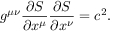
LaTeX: g ^ { \mu \nu } { \frac { \partial S } { \partial x ^ { \mu } } } { \frac { \partial S } { \partial x ^ { \nu } } } = c ^ { 2 } .